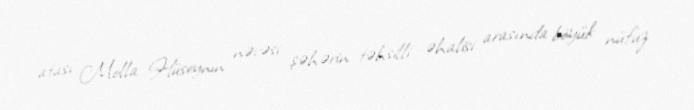
atası Molla Hüseynin nəvəsi şəhərin təhsilli əhalisi arasında böyük nüfuz